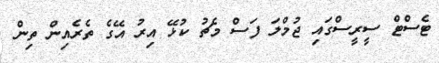
ޓެސްޓް ސީރީސްގައި ޖުމްލަ ފަސް މެޗު ކުޅޭ އިރު އޭގެ ތެރެއިން ތިން